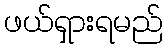
ဖယ်ရှားရမည်